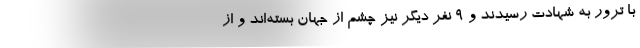
با ترور به شهادت رسیدند و 9 نفر دیگر نیز چشم از جهان بسته‌اند و از